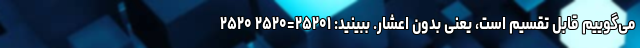
می‌گوییم قابل تقسیم است، یعنی بدون اعشار. ببینید: ۲۵۲۰۱=۲۵۲۰ ۲۵۲۰